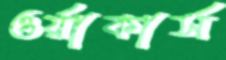
ওর্য়াকার্স